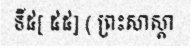
ទី៥[ ៥៥] ( ព្រះសាស្តា